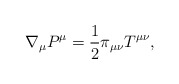
\begin{align*} \nabla_\mu P^\mu=\frac{1}{2}\pi_{\mu\nu}T^{\mu\nu},\end{align*}